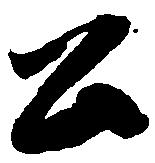
公